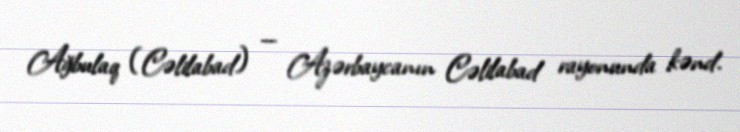
Ağbulaq (Cəlilabad) — Azərbaycanın Cəlilabad rayonunda kənd.